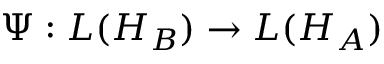
\Psi : L ( H _ { B } ) \rightarrow L ( H _ { A } )